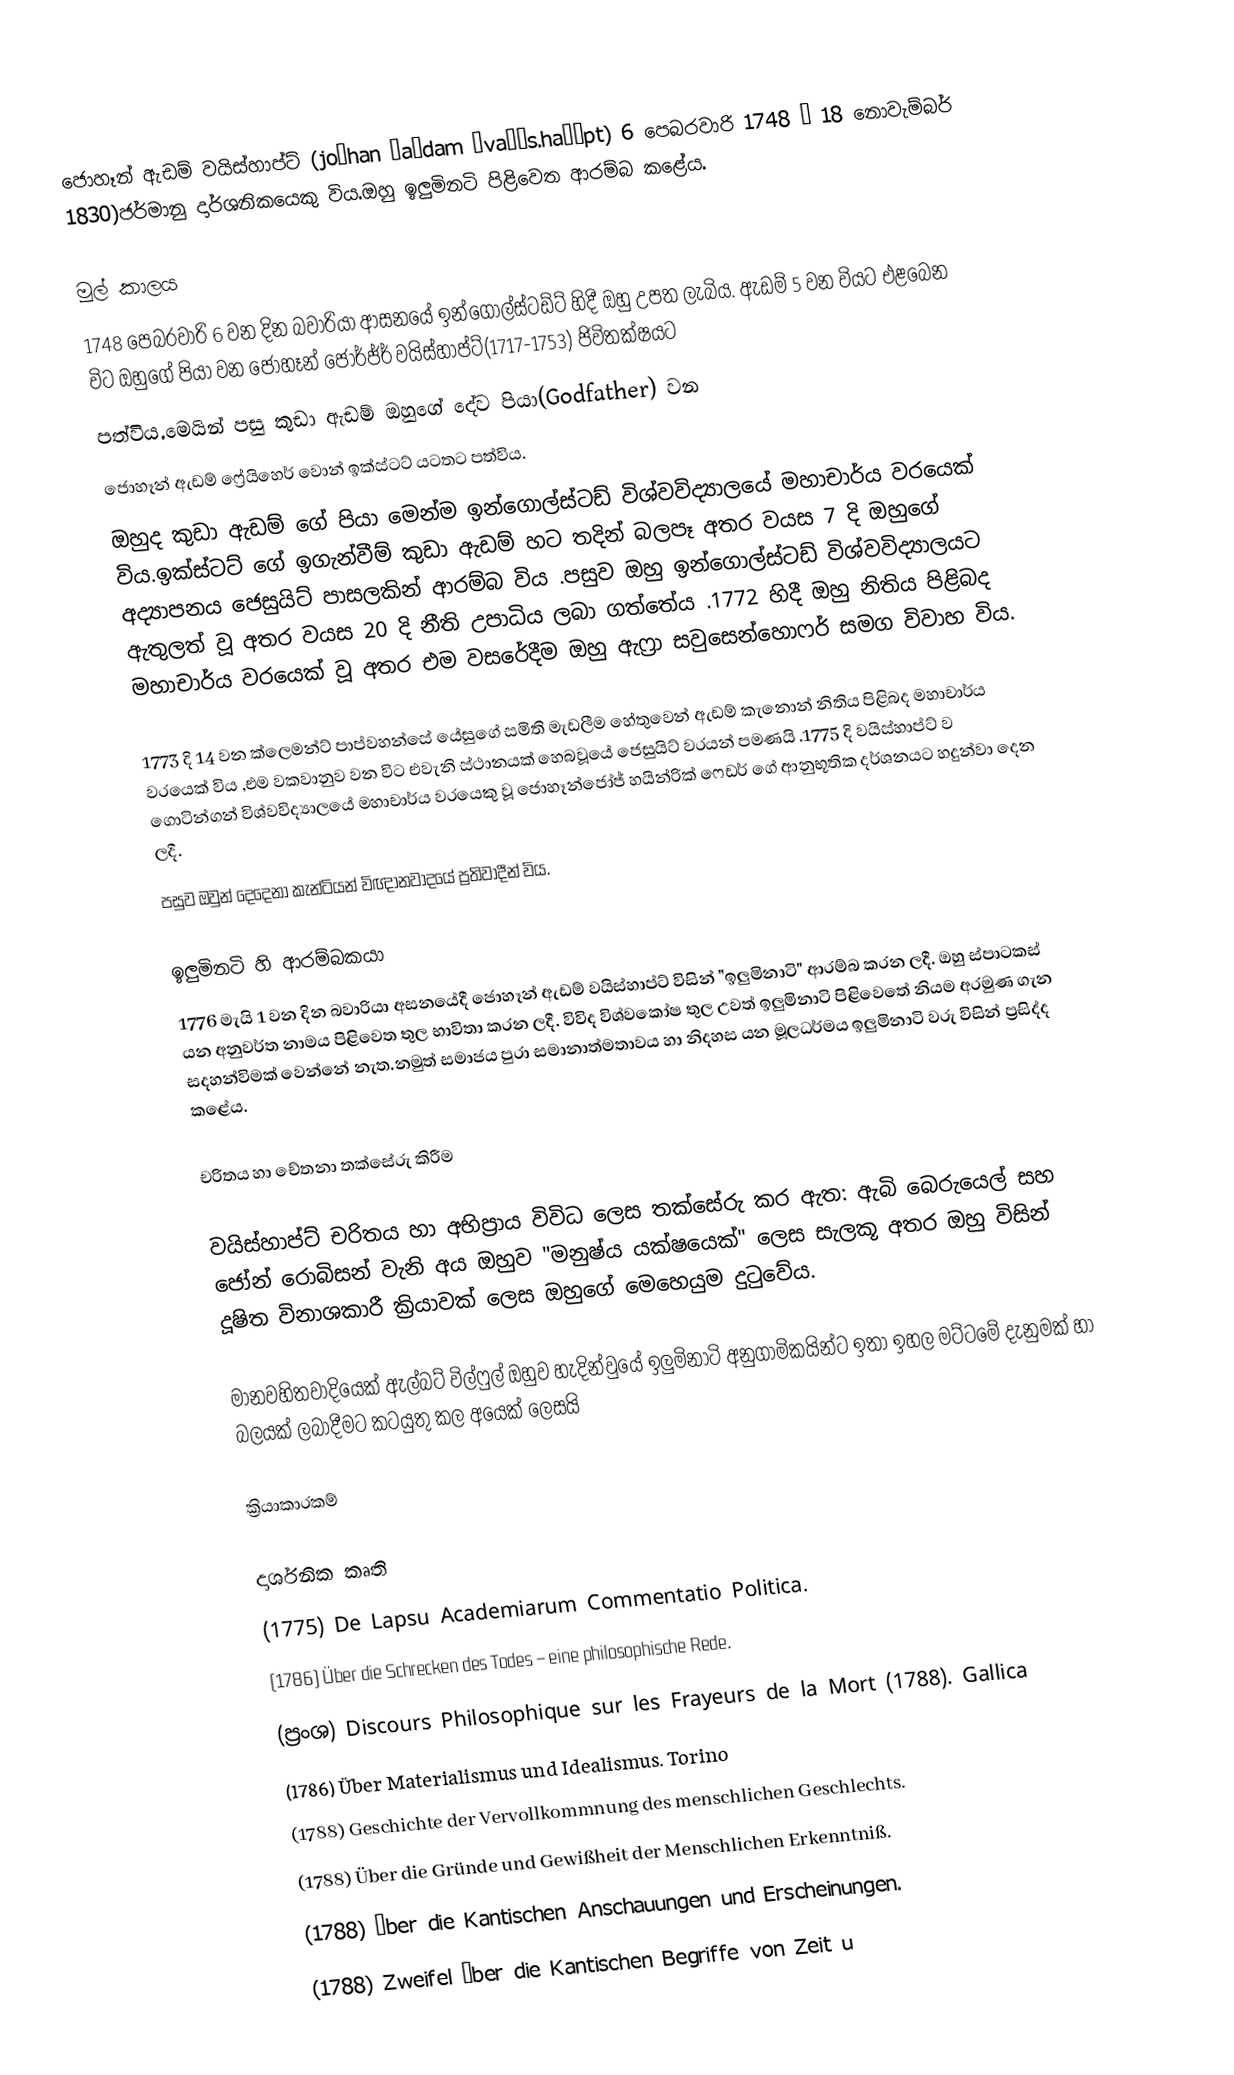
ජොහෑන් ඇඩම් වයිස්හාප්ට් (joːhan ˈaːdam ˈvaɪ̯s.haʊ̯pt) 6 පෙබරවාරි 1748 – 18 නොවැම්බර් 1830)ජර්මානු දාර්ශනිකයෙකු විය.ඔහු ඉලුමිනටි පිළිවෙත ආරම්බ කළේය.

මුල් කාලය
1748 පෙබරවාරි 6 වන දින බවාරියා ආසනයේ ඉන්ගොල්ස්ටඩ්ට් හිදී ඔහු උපත ලැබිය. ඇඩම් 5 වන වියට එළබෙන විට ඔහුගේ පියා වන ජොහෑන් ජෝර්ජ්ර් වයිස්හාප්ට්(1717-1753) ජිවිතක්ෂයට 
පත්විය.මෙයින් පසු කුඩා ඇඩම් ඔහුගේ දේව පියා(Godfather) වන
ජොහෑන් ඇඩම් ෆ්‍රේයිහෙර් වොන් ඉක්ස්ටට් යටතට  පත්විය.
ඔහුද කුඩා ඇඩම් ගේ පියා මෙන්ම ඉන්ගොල්ස්ටඩ් විශ්වවිද්‍යාලයේ මහාචාර්ය වරයෙක් විය.ඉක්ස්ටට් ගේ ඉගැන්වීම් කුඩා ඇඩම් හට තදින් බලපෑ   අතර වයස 7  දි ඔහුගේ අද්‍යාපනය  ජෙසුයිට් පාසලකින් ආරම්බ විය .පසුව ඔහු ඉන්ගොල්ස්ටඩ් විශ්වවිද්‍යාලයට ඇතුලත් වූ අතර  වයස 20 දි නීති උපාධිය ලබා ගත්තේය .1772 හිදී ඔහු නිතිය පිළිබද මහාචාර්ය  වරයෙක් වූ  අතර  එම වසරේදීම ඔහු  ඇෆ්‍රා සවුසෙන්හොෆර් සමග විවාහ විය.

1773 දි 14 වන ක්ලෙමන්ට් පාප්වහන්සේ යේසුගේ සමිති මැඩලීම හේතුවෙන් ඇඩම් කැනොන් නිතිය පිළිබද මහාචාර්ය වරයෙක් විය ,එම වකවානුව වන විට එවැනි ස්ථානයක් හෙබවූයේ ජෙසුයිට් වරයන් පමණයි .1775 දි වයිස්හාප්ට් ව ගොටින්ගන් විශ්වවිද්‍යාලයේ මහාචාර්ය වරයෙකු වූ ජොහෑන්ජෝජ් හයින්රික් ෆෙඩර්  ගේ ආනුභූතික දර්ශනයට හදුන්වා දෙන ලදී.
පසුව ඔවුන් දෙදෙනා කැන්ටියන් විඥානවාදයේ ප්‍රතිවාදීන් විය.

ඉලුමිනටි හි ආරම්බකයා
1776 මැයි 1 වන දින බවාරියා අසනයේදී ජොහෑන් ඇඩම් වයිස්හාප්ට් විසින් "ඉලුමිනාටි" ආරම්බ කරන ලදී. ඔහු ස්පාටකස් යන අනුවර්ත නාමය පිළිවෙත තුල භාවිතා කරන ලදී. විවිද විශ්වකෝෂ තුල උවත් ඉලුමිනාටි පිළිවෙතේ නියම අරමුණ ගැන සදහන්විමක් වෙන්නේ නැත.නමුත් සමාජය පුරා සමානාත්මතාවය හා නිදහස යන මූලධර්මය ඉලුමිනාටි වරු විසින් ප්‍රසිද්ද කළේය.

චරිතය හා චේතනා තක්සේරු කිරීම

වයිස්හාප්ට් චරිතය හා අභිප්‍රාය විවිධ ලෙස තක්සේරු කර ඇත: ඇබි බෙරුයෙල් සහ ජෝන් රොබිසන් වැනි අය ඔහුව "මනුෂ්ය යක්ෂයෙක්" ලෙස සැලකූ අතර ඔහු විසින් දූෂිත විනාශකාරී ක්‍රියාවක් ලෙස ඔහුගේ මෙහෙයුම දුටුවේය.

මානවහිතවාදියෙක් ඇල්බට් විල්ෆුල් ඔහුව හැදින්වුයේ ඉලුමිනාටි අනුගාමිකයින්ට ඉතා ඉහල මට්ටමේ දැනුමක් හා බලයක් ලබාදීමට කටයුතු කල අයෙක් ලෙසයි

ක්‍රියාකාරකම්

දාර්ශනික කෘති
 (1775) De Lapsu Academiarum Commentatio Politica.
 (1786) Über die Schrecken des Todes – eine philosophische Rede.
 (ප්‍රංශ) Discours Philosophique sur les Frayeurs de la Mort (1788). Gallica
 (1786) Über Materialismus und Idealismus. Torino
 (1788) Geschichte der Vervollkommnung des menschlichen Geschlechts.
 (1788) Über die Gründe und Gewißheit der Menschlichen Erkenntniß.
 (1788) Über die Kantischen Anschauungen und Erscheinungen.
 (1788) Zweifel über die Kantischen Begriffe von Zeit u